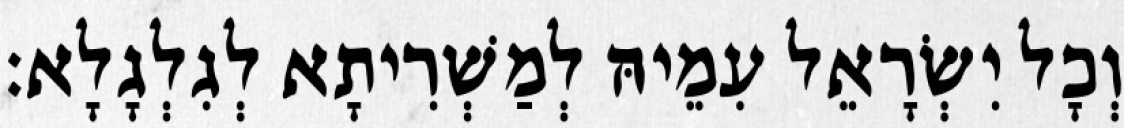
וְכָל יִשְׂרָאֵל עִמֵיהּ לְמַשְׁרִיתָא לְגִלְגָלָא׃